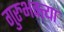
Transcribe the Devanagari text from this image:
गुरुभक्त्या